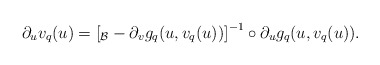
\begin{align*}\partial_uv_q(u)=\left[_\mathcal B-\partial_vg_q(u,v_q(u))\right]^{-1}\circ\partial_ug_q(u,v_q(u)).\end{align*}